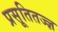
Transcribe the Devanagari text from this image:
प्रसूतितज्ज्ञ